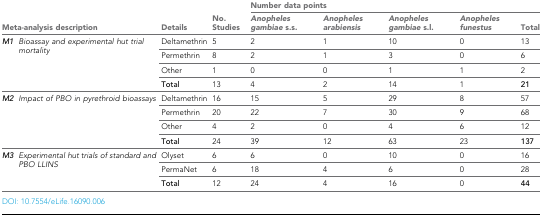
| <ROWSPAN=2-COLSPAN=2> Meta-analysis description | <ROWSPAN=2> Details | <ROWSPAN=2> No. Studies | <COLSPAN=5> Number data points |
 | Anopheles gambiae s.s. | Anopheles arabiensis | Anopheles gambiae s.l. | Anopheles funestus | Total |
 | --- | --- | --- | --- | --- | --- | --- | --- | --- |
 | <ROWSPAN=4> M1 | <ROWSPAN=4> Bioassay and experimental hut trial mortality | Deltamethrin | 5 | 2 | 1 | 10 | 0 | 13 |
 | Permethrin | 8 | 2 | 1 | 3 | 0 | 6 |
 | Other | 1 | 0 | 0 | 1 | 1 | 2 |
 | Total | 13 | 4 | 2 | 14 | 1 | 21 |
 | <ROWSPAN=4> M2 | <ROWSPAN=4> Impact of PBO in pyrethroid bioassays | Deltamethrin | 16 | 15 | 5 | 29 | 8 | 57 |
 | Permethrin | 20 | 22 | 7 | 30 | 9 | 68 |
 | Other | 4 | 2 | 0 | 4 | 6 | 12 |
 | Total | 24 | 39 | 12 | 63 | 23 | 137 |
 | <ROWSPAN=3> M3 | <ROWSPAN=3> Experimental hut trials of standard and PBO LLINS | Olyset | 6 | 6 | 0 | 10 | 0 | 16 |
 | PermaNet | 6 | 18 | 4 | 6 | 0 | 28 |
 | Total | 12 | 24 | 4 | 16 | 0 | 44 |